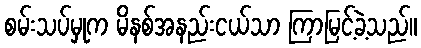
စမ်းသပ်မှုက မိနစ်အနည်းငယ်သာ ကြာမြင့်ခဲ့သည်။